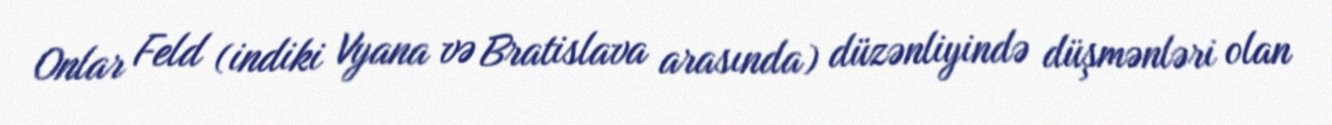
Onlar Feld (indiki Vyana və Bratislava arasında) düzənliyində düşmənləri olan